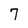
Character: 7